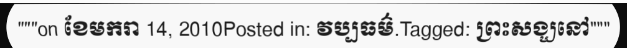
"""on ខែមករា 14, 2010Posted in: វប្បធម៌.Tagged: ព្រះសង្ឃនៅ"""